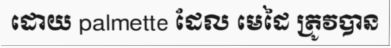
ដោយ palmette ដែល មេដៃ ត្រូវបាន